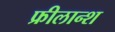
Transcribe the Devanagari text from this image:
फ्रीलान्श